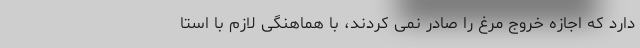
دارد که اجازه خروج مرغ را صادر نمی کردند، با هماهنگی لازم با استا